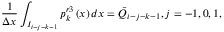
\frac { 1 } { \Delta x } \int _ { { { I } _ { i - j - k - 1 } } } { p _ { k } ^ { r 3 } \left( x \right) d x } = { { \bar { Q } } _ { i - j - k - 1 } } , j = - 1 , 0 , 1 ,